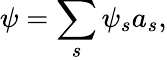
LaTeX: \psi=\sum_{s}\psi_{s}a_{s},